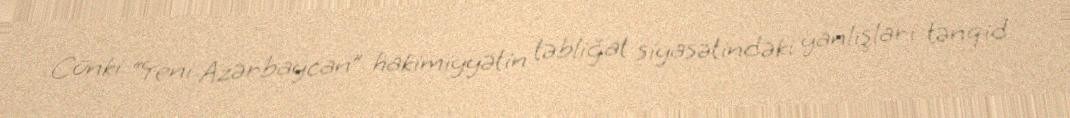
Cünki “Yeni Azərbaycan” hakimiyyətin təbliğat siyasətindəki yanlışları tənqid